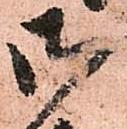
御